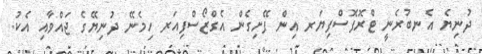
ދުނިޔެ އެނބުރެނީ ޓްރޮފޮސްފިޔަރ އިން ފޭށިގެން އެގްޒޯސްފިއަރ ހިމެނޭ ދުނިޔޭގެ ޖައްވާއި އެކު.